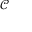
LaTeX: \scriptstyle { \mathcal { C } }